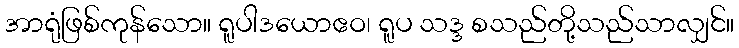
အာရုံဖြစ်ကုန်သော။ ရူပါဒယောဧဝ၊ ရူပ သဒ္ဒ စသည်တို့သည်သာလျှင်။